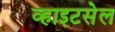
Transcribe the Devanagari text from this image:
व्हाइटसेल